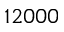
1 2 0 0 0